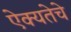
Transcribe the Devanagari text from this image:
ऐक्यतेचे